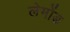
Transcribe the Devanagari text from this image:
लेमोंड